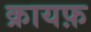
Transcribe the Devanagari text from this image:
क्रायफ़